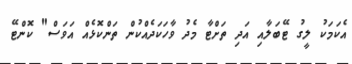
އެކަމަކު ލީގު ޓޭބަލާއި އަދި ތަށްޓާ މެދު ވާހަކަދެއްކުން ތަންކޮޅެއް އަވަސް" ކޮންޓޭ